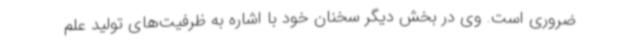
ضروری است. وی در بخش دیگر سخنان خود با اشاره به ظرفیت‌های تولید علم